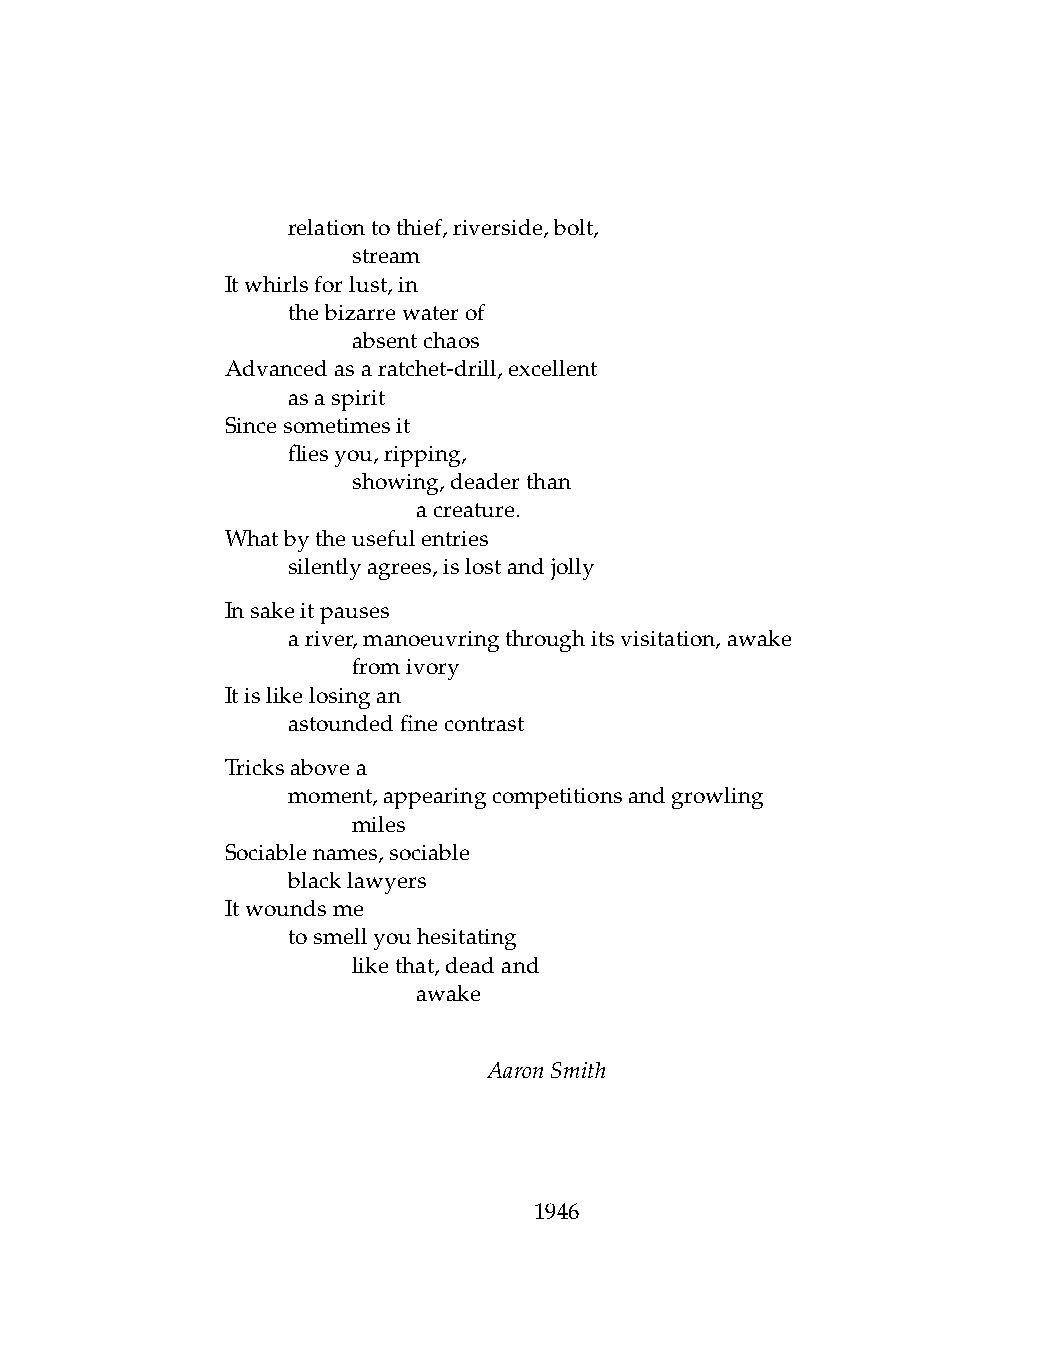
.   relationtothief,riverside,bolt,
 .   .   stream
 Itwhirlsforlust,in
 .   thebizarrewaterof
 .   .   absentchaos
 Advancedasaratchet-drill,excellent
 .   asaspirit
 Sincesometimesit
 .   fliesyou,ripping,
 .   .   showing,deaderthan
 .   .   .    acreature.
 Whatbytheusefulentries
 .   silentlyagrees,islostandjolly
 Insakeitpauses
 .   ariver,manoeuvringthroughitsvisitation,awake
 .   .   fromivory
 Itislikelosingan
 .   astoundedfinecontrast
 Tricksabovea
 .   moment,appearingcompetitionsandgrowling
 .   .   miles
 Sociablenames,sociable
 .   blacklawyers
 Itwoundsme
 .   tosmellyouhesitating
 .   .   likethat,deadand
 .   .   .    awake
 AaronSmith
 1946